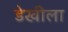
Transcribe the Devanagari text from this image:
डेखीला